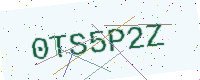
Text: 0TS5P2Z